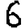
Digit: 6